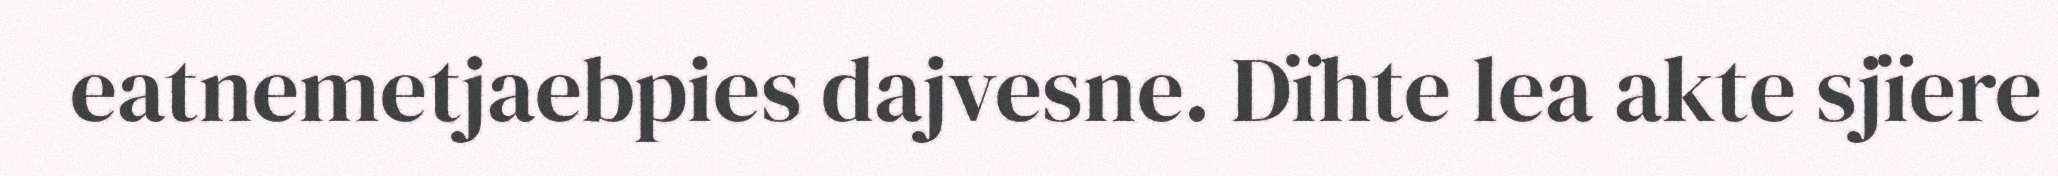
eatnemetjaebpies dajvesne. Dïhte lea akte sjïere